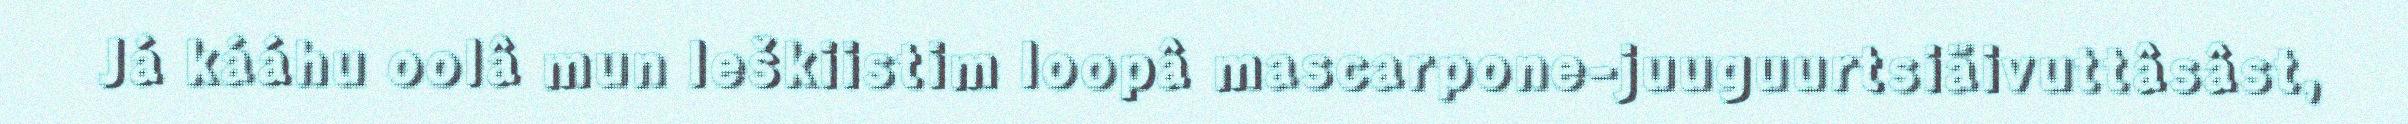
Já kááhu oolâ mun leškiistim loopâ mascarpone-juuguurtsiäivuttâsâst,